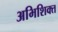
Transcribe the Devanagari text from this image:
अभिशिक्त